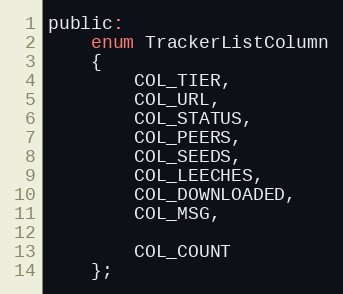
Language: C
public:
    enum TrackerListColumn
    {
        COL_TIER,
        COL_URL,
        COL_STATUS,
        COL_PEERS,
        COL_SEEDS,
        COL_LEECHES,
        COL_DOWNLOADED,
        COL_MSG,

        COL_COUNT
    };